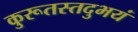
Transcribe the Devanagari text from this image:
कुरूतस्तदुभयं